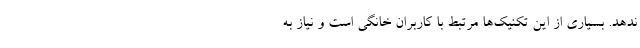
ندهد. بسیاری از این تکنیک‌ها مرتبط با کاربران خانگی است و نیاز به